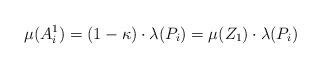
LaTeX: \begin{align*} \mu(A_i^1) = (1 - \kappa) \cdot \lambda(P_i) = \mu(Z_1) \cdot \lambda(P_i)\end{align*}